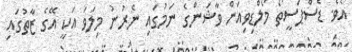
އެވެ. ޑެސްޕަސީތޯ މޯލްޑިވިއަން ވާޝަންގެ ނަމުގައި ނެރުނު މިލަވަ އަކީ އޭގެ ޒާތުގައި